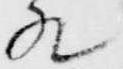
殿